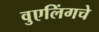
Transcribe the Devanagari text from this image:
वुएलिंगचे